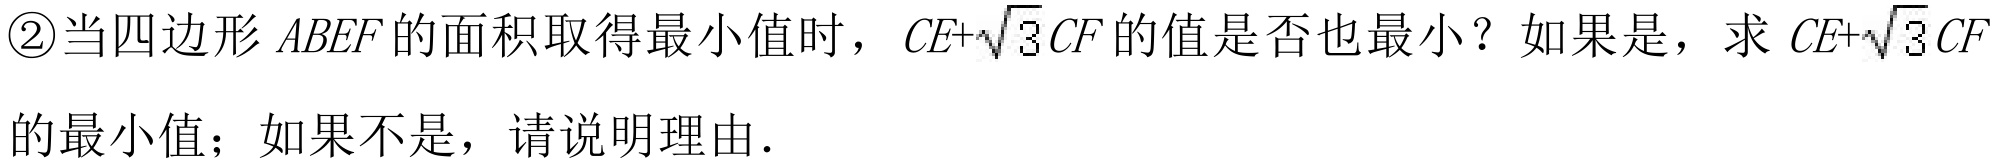
\textcircled{2}当四边形 \(ABEF\) 的面积取得最小值时，\(CE + \sqrt{3}CF\) 的值是否也最小？如果是，求 \(CE+\sqrt{3}CF\) 的最小值；如果不是，请说明理由.